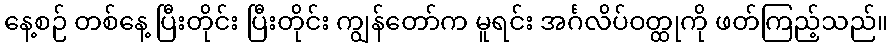
နေ့စဉ် တစ်နေ့ ပြီးတိုင်း ပြီးတိုင်း ကျွန်တော်က မူရင်း အင်္ဂလိပ်ဝတ္ထုကို ဖတ်ကြည့်သည်။